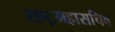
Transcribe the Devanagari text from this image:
राष्ट्रमहासचिव